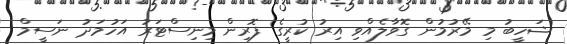
ޝަހީބު މި މޭރުމުން ގޮވާލެއްވި އިރު ކުރީގެ ފޮރިން މިނިސްޓަރު އަހުމަދު ނަސީމް